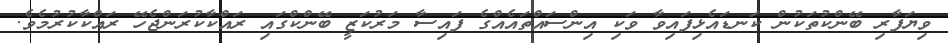
ވިޔަފާރި ބޭންކުތަކުން ކަނޑައެޅިފައިވާ ވަކި އިންސައްތައެއްގެ ފައިސާ މަރުކަޒީ ބޭންކްގައި ރައްކާކުރަންޖެހޭ ރައްކާކުރުމެވެ.